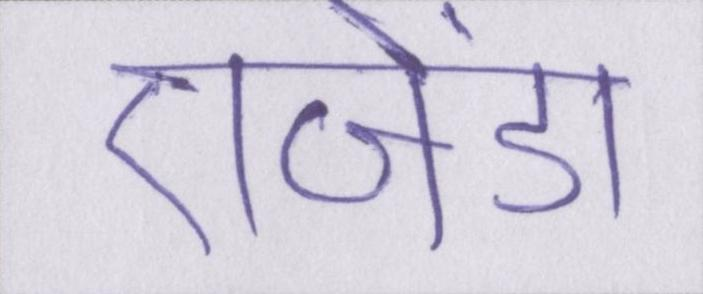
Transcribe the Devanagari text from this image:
एजेंडा